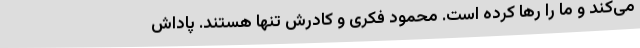
می‌کند و ما را رها کرده است. محمود فکری و کادرش تنها هستند. پاداش